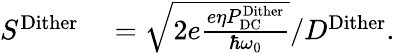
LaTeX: \begin{array}{rl}{S^{\mathrm{Dither}}}&{{}=\sqrt{2e\frac{e\eta P_{\mathrm{DC}}^{\mathrm{Dither}}}{\hbar\omega_{0}}}/D^{\mathrm{Dither}}.}\end{array}